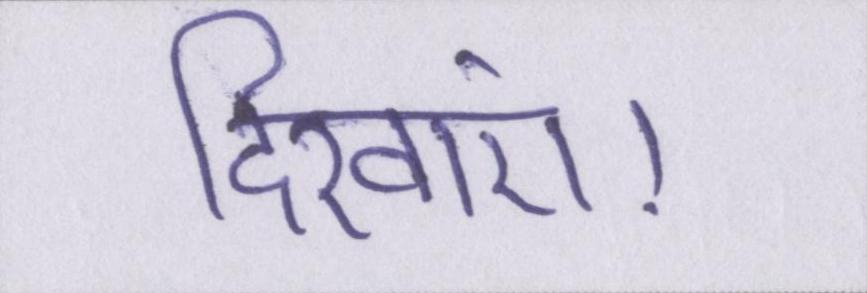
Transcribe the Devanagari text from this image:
दिखाएं।